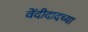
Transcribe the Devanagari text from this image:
वेंदीदादच्या